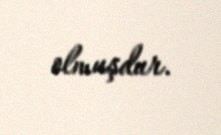
olmuşdur.